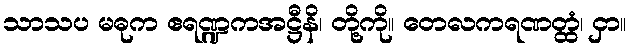
သာသပ မဓုက ဧရဏ္ဍကအဋ္ဌီနိ၊ တို့ကို။ တေလကရဏတ္ထံ၊ ငှာ။